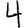
Digit: 4